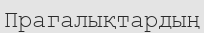
Прагалықтардың